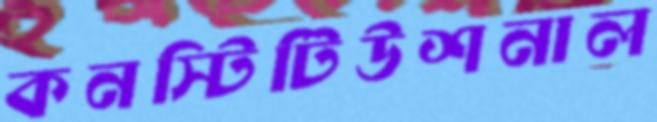
কনস্টিটিউশনাল